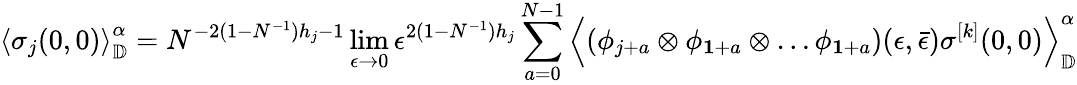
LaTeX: \left\langle\sigma_{j}(0,0)\right\rangle_{\mathbb{D}}^{\alpha}=N^{-2(1-N^{-1})h_{j}-1}\operatorname*{lim}_{\epsilon\rightarrow 0}\epsilon^{2(1-N^{-1})h_{j}}\sum_{a=0}^{N-1}\left\langle\left(\phi_{j+a}\otimes\phi_{\mathbf{1}+a}\otimes\dots\phi_{\mathbf{1}+a}\right)(\epsilon,\bar{\epsilon})\sigma^{[k]}(0,0)\right\rangle_{\mathbb{D}}^{\alpha}